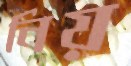
নিয়